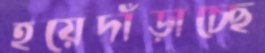
হয়েদাঁড়াচ্ছে